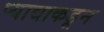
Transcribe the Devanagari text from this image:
प्याद्याकडून